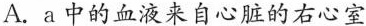
压的变化，下列有关叙述正确的是( )。